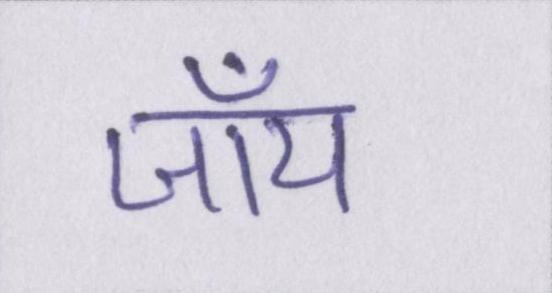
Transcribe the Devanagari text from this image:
जॉय